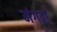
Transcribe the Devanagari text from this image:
मंगतों